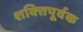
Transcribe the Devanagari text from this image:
शक्‍तिपूर्वक